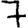
Digit: 7